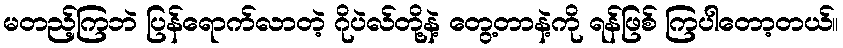
မတည့်ကြဘဲ ပြန်ရောက်လာတဲ့ ဂိုပဲလ်တို့နဲ့ တွေ့တာနဲ့ကို ရန်ဖြစ် ကြပါတော့တယ်။